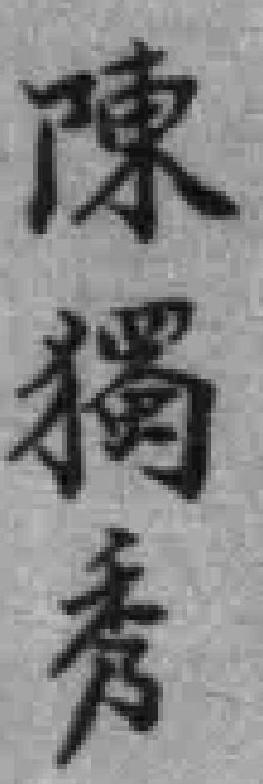
陳獨秀